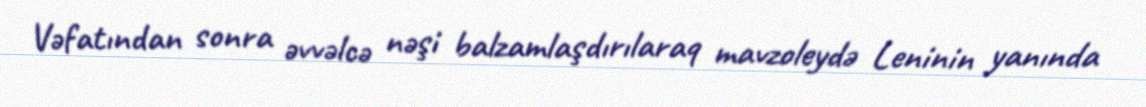
Vəfatından sonra əvvəlcə nəşi balzamlaşdırılaraq mavzoleydə Leninin yanında